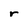
Character: r